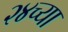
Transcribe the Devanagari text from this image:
२४च्या